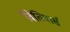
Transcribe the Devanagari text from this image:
प्रैवेतियार्स